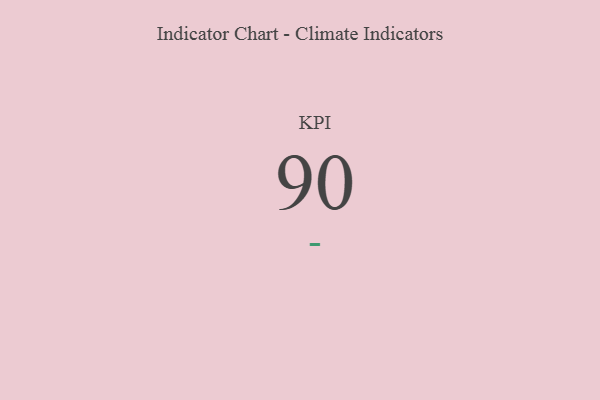
{"axis": {"x": "KPI", "y": "Value"}, "legend": [""], "data": [{"x": "KPI", "y": 90, "type": ""}]}